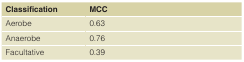
<table><thead><tr><td><b>Classification</b></td><td><b>MCC</b></td></tr></thead><tbody><tr><td>Aerobe</td><td>0.63</td></tr><tr><td>Anaerobe</td><td>0.76</td></tr><tr><td>Facultative</td><td>0.39</td></tr></tbody></table>